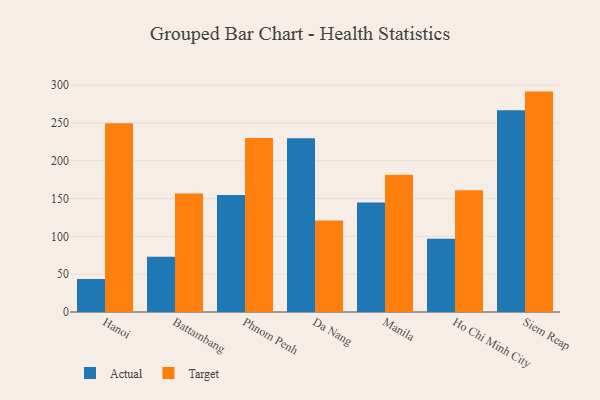
{"axis": {"x": "City", "y": "Energy Usage (MWh)"}, "legend": ["Actual", "Target"], "data": [{"x": "Hanoi", "y": 43.6, "type": "Actual"}, {"x": "Hanoi", "y": 249.5, "type": "Target"}, {"x": "Battambang", "y": 72.9, "type": "Actual"}, {"x": "Battambang", "y": 156.8, "type": "Target"}, {"x": "Phnom Penh", "y": 154.8, "type": "Actual"}, {"x": "Phnom Penh", "y": 229.9, "type": "Target"}, {"x": "Da Nang", "y": 229.8, "type": "Actual"}, {"x": "Da Nang", "y": 121.0, "type": "Target"}, {"x": "Manila", "y": 144.9, "type": "Actual"}, {"x": "Manila", "y": 181.5, "type": "Target"}, {"x": "Ho Chi Minh City", "y": 97.0, "type": "Actual"}, {"x": "Ho Chi Minh City", "y": 160.9, "type": "Target"}, {"x": "Siem Reap", "y": 266.9, "type": "Actual"}, {"x": "Siem Reap", "y": 291.4, "type": "Target"}]}